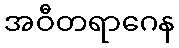
အဝီတရာဂေန